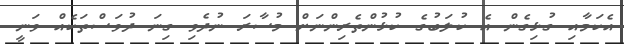
އެކަމާއި ގުޅިގެން އެ ކުލަބުގެ ކުޅުންތެރިންނަށް މުސާރަ ނުދެވި ގިނަ ދުވަސްތަކެއް ވަނީ